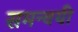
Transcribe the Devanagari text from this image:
समन्वयी